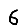
Digit: 6